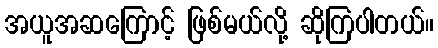
အယူအဆကြောင့် ဖြစ်မယ်လို့ ဆိုကြပါတယ်။